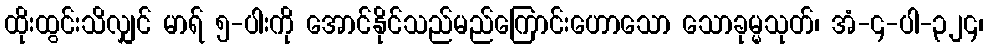
ထိုးထွင်းသိလျှင် မာရ် ၅-ပါးကို အောင်နိုင်သည်မည်ကြောင်းဟောသော သောခုမ္မသုတ်၊ အံ-၄-ပါ-၃၂၄၊